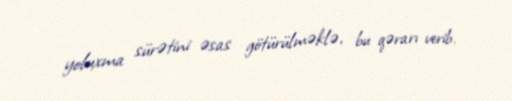
yoluxma sürətini əsas götürülməklə, bu qərarı verib.